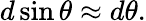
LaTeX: d\sin\theta\approx d\theta.